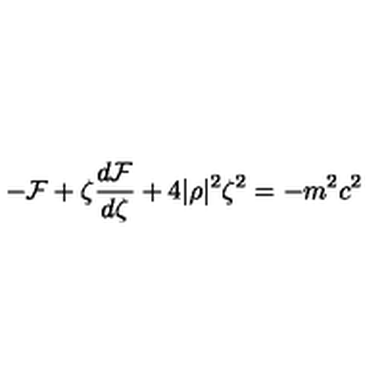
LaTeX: - { \cal F } + \zeta \frac { d { \cal F } } { d \zeta } + 4 | \rho | ^ { 2 } \zeta ^ { 2 } = - m ^ { 2 } c ^ { 2 }